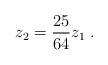
LaTeX: \begin{align*} z_2=\frac{25}{64}z_1\;.\end{align*}